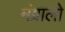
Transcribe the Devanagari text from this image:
मंग्रालो